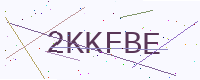
Text: 2KKFBE